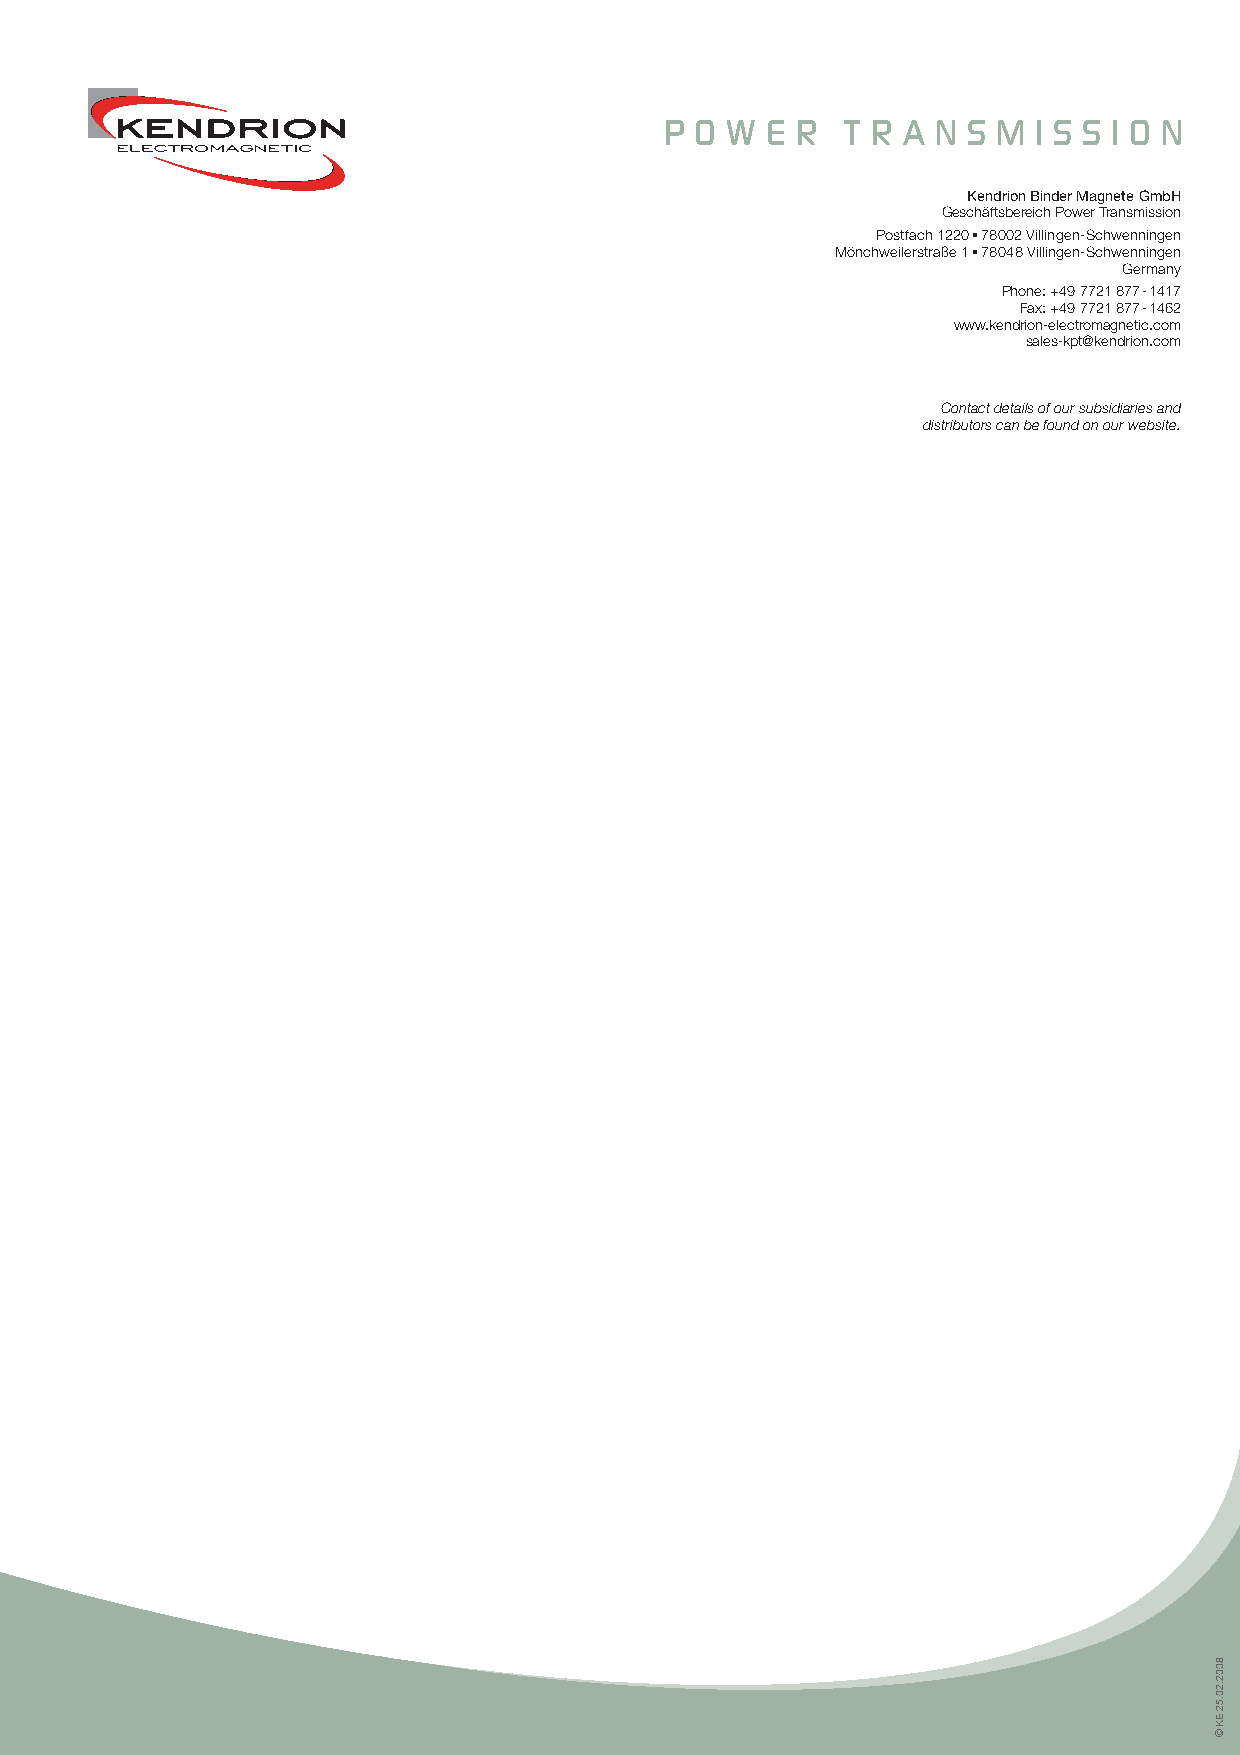
P O W  E R  T R A N S M  I S S I O N
 Kendrion Binder Magnete GmbH
 Geschäftsbereich Power Transmission
 Postfach 1220 ■ 78002 Villingen-Schwenningen
 Mönchweilerstraße 1 ■ 78048 Villingen-Schwenningen
 Germany
 Phone: +49 7721 877-1417
 Fax: +49 7721 877-1462
 www.kendrion-electromagnetic.com
 sales-kpt@kendrion.com
 Contact details of our subsidiaries and
 distributors can be found on our website.
 8002.20.52
 EK
 ©